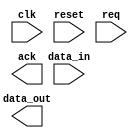
module ahb_bus_controller (
    // input signals
    input wire clk,
    input wire reset,
    input wire [7:0] data_in,
    input wire req,
    
    // output signals
    output reg [7:0] data_out,
    output reg ack
);

// Clock Generation Module
reg clk_gen;
always @(posedge clk)
begin
    clk_gen <= ~clk_gen;
end

// Reset Synchronization Module
reg [1:0] reset_sync;
always @(posedge clk_gen or posedge reset)
begin
    if (reset)
        reset_sync <= 2'b11;
    else
        reset_sync <= {reset_sync[0], reset_sync[1]};
end

// Clock Domain Crossing Synchronizers
reg [7:0] data_in_sync;
always @(posedge clk_gen)
begin
    if (req)
        data_in_sync <= data_in;
end

// AHB Bus Controller Logic
always @(*)
begin
    // Your AHB Bus controller logic goes here
    // Ensure proper synchronization of data and signals
    // Implement protocols for controlling AHB bus interface
    // Manage data transfers and maintain timing for memory access
    // Update data_out and ack signals accordingly
end

endmodule